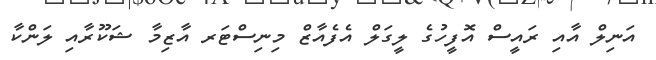
އަނިލް އާއި ރައީސް އޮފީހުގެ ލީގަލް އެފެއާޒް މިނިސްޓަރ އާޒިމާ ޝަކޫރާއި ލަންކާ